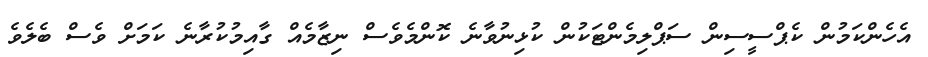
އެހެންކަމުން ކެޕްސީސިން ސަޕްލިމެންޓަކުން ކުޅިނުވާނެ ކޮންމެވެސް ނިޒާމެއް ގާއިމުކުރާނެ ކަމަށް ވެސް ބެލެވެ